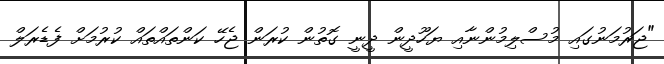
"ޖަރުމަނުގައި މުސްލިމުންނާއި ޔަހޫދީން ދީނީ ގޮތުން ކުރަން ޖެހޭ ކަންތައްތައް ކުރުމަށް ފެޑެރަލް